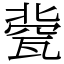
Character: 㼱